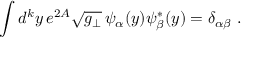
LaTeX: \int d ^ { k } y \, e ^ { 2 A } \sqrt { g _ { \perp } } \, \psi _ { \alpha } ( y ) \psi _ { \beta } ^ { * } ( y ) = \delta _ { \alpha \beta } \ .